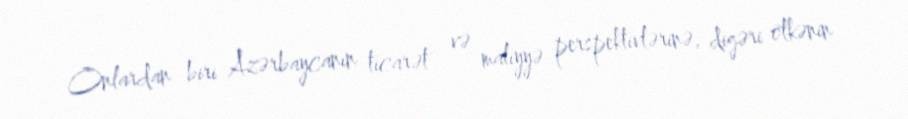
Onlardan biri Azərbaycanın ticarət və maliyyə perspektivlərinə, digəri ölkənin